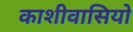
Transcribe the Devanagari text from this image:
काशीवासियो